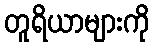
တူရိယာများကို